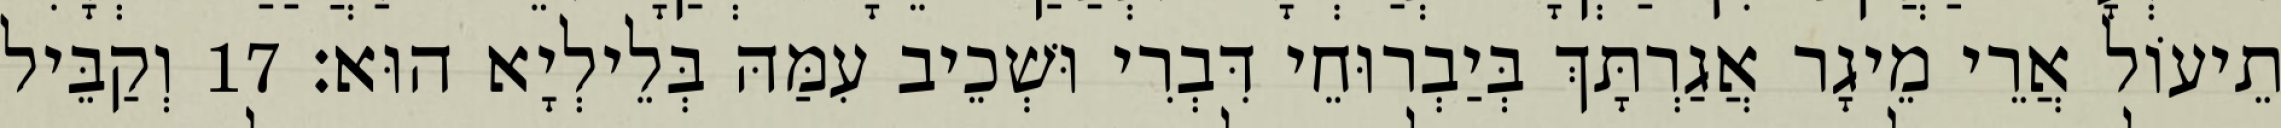
תֵיעוֹל אֲרֵי מֵיגָר אֲגַרְתָּךְ בְּיַבְרוּחֵי דִּבְרִי וּשְׁכֵיב עִמַּהּ בְּלֵילְיָא הוּא׃ 17 וְקַבֵּיל